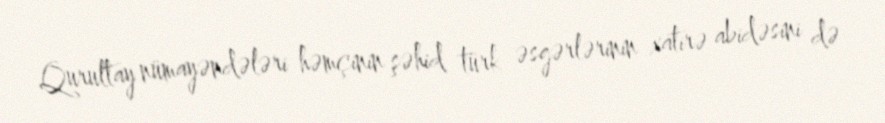
Qurultay nümayəndələri həmçinin şəhid türk əsgərlərinin xatirə abidəsini də